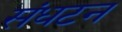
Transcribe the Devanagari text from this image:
संधटन